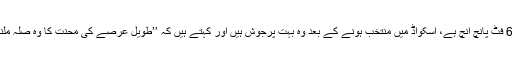
میڈیا رپورٹ کے مطابق رحکیم کا قد 6 فٹ پانچ انچ ہے، اسکواڈ میں منتخب ہونے کے بعد وہ بہت پرجوش ہیں اور کہتے ہیں کہ ’’طویل عرصے کی محنت کا وہ صلہ ملنے جارہا ہے جس کا انہیں انتظار تھا‘‘۔